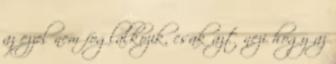
az ezzel nem foglalkozik, csak azt nezi hogy az